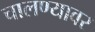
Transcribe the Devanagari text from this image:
चालण्यावर